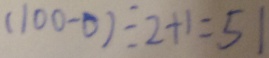
( 1 0 0 - 0 ) \div 2 + 1 = 5 1